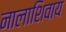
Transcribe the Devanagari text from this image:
नालाशिवाय